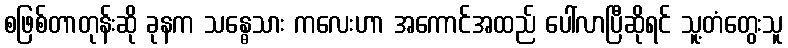
စဖြစ်တာတုန်းဆို ခုနက သန္ဓေသား ကလေးဟာ အကောင်အထည် ပေါ်လာပြီဆိုရင် သူ့တံတွေးသူ